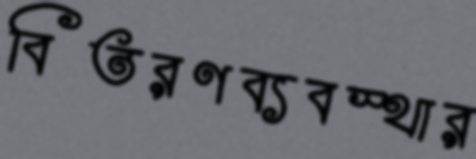
বিতরণব্যবস্থার